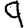
Digit: 9